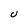
Character: U